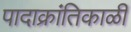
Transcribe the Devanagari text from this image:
पादाक्रांतिकाळी